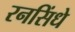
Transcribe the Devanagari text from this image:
रनसिंधे